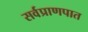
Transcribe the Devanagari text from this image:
सर्वप्राणपात